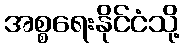
အစ္စရေးနိုင်ငံသို့